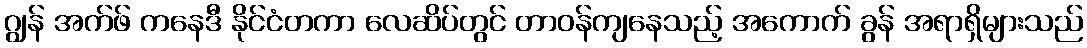
ဂျွန် အက်ဖ် ကနေဒီ နိုင်ငံတကာ လေဆိပ်တွင် တာဝန်ကျနေသည့် အကောက် ခွန် အရာရှိများသည်